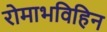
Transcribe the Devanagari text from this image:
रोमाभविहिन